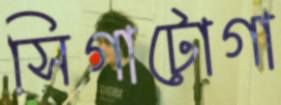
সিগাটোগা